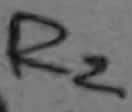
Text: R2